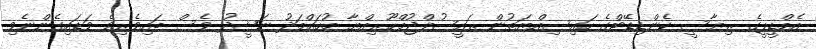
އެމްޑީޕީގެ ރިޔާސީ ކެންޑިޑޭޓްގެ ހައިސިއްޔަތުން ރައީސުލްޖުމްހޫރިއްޔާ މުހައްމަދު ނަޝީދު ވެސް ބައިވެރިވެ ވަޑައިގެންނެވި